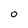
Character: 0